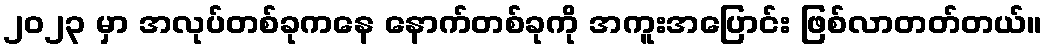
၂၀၂၃ မှာ အလုပ်တစ်ခုကနေ နောက်တစ်ခုကို အကူးအပြောင်း ဖြစ်လာတတ်တယ်။